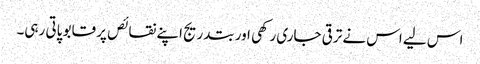
اس لیے اس نے ترقی جاری رکھی اور بتدریج اپنے نقائص پر قابو پاتی رہی۔